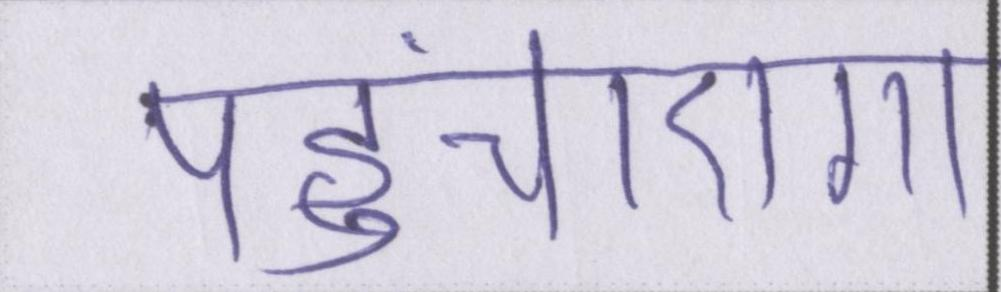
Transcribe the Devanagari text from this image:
पहुंचाएगा